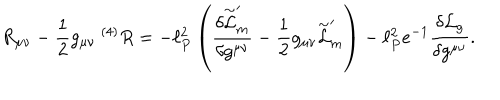
R _ { \mu \nu } - { \frac { 1 } { 2 } } g _ { \mu \nu } ~ ^ { ( 4 ) } R = - \ell _ { P } ^ { 2 } \left( \frac { \delta \stackrel { \sim } { \cal L } _ { m } ^ { \prime } } { \delta g ^ { \mu \nu } } - { \frac { 1 } { 2 } } g _ { \mu \nu } \stackrel { \sim } { \cal L } _ { m } ^ { \prime } \right) - \ell _ { P } ^ { 2 } e ^ { - 1 } \frac { \delta { \cal L } _ { g } } { \delta g ^ { \mu \nu } } .